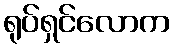
ရုပ်ရှင်လောက